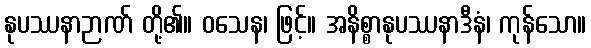
နုပဿနာဉာဏ် တို့၏။ ဝသေန၊ ဖြင့်။ အနိစ္စာနုပဿနာဒီနံ၊ ကုန်သော။